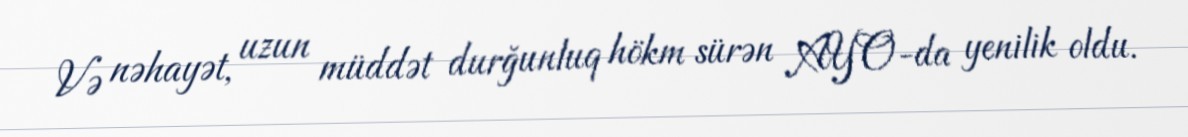
Və nəhayət, uzun müddət durğunluq hökm sürən AYO-da yenilik oldu.